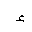
Letter: _hamza